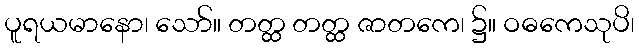
ပူရယမာနော၊ သော်။ တတ္ထ တတ္ထ ဇာတကေ၊ ၌။ ဝဓကေသုပိ၊